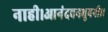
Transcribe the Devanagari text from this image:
नाही।आनंदवनभुवनी।।